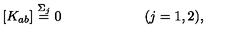
\left[ K _ { a b } \right] \stackrel { \Sigma _ { j } } { = } 0 \quad \quad \quad \quad \quad \quad ( j = 1 , 2 ) ,